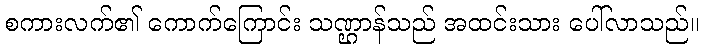
စကားလက်၏ ကောက်ကြောင်း သဏ္ဌာန်သည် အထင်းသား ပေါ်လာသည်။